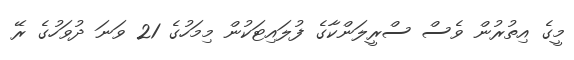
މީގެ އިތުރުން ވެސް ސްރީލަންކާގެ ފުލައިޓަކުން މިމަހުގެ 21 ވަނަ ދުވަހުގެ ރޭ